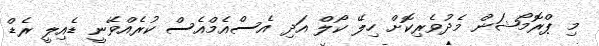
މި ޕްރޮމޯޝަން މެދުވެރިކޮށް ހިލޭ ކޯލް އަދި އެސްއެމްއެސް ކުރެއްވޭނީ ޑެއިލީ ރެޑް